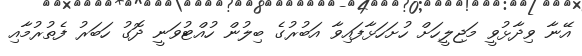
އޭނާ ވިދާޅުވީ މަޖިލީހަށް ހުށަހަޅާފައިވާ އަބުރުގެ ބިލުން ހުއްޓުވަނީ ދޮގު ހަބަރު ފެތުރުމާއި